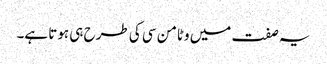
یہ صفت میں وٹامن سی کی طرح ہی ہوتا ہے۔